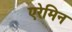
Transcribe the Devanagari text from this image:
एरेमिन